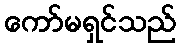
ကော်မရှင်သည်